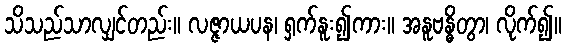
သိသည်သာလျှင်တည်း။ လဇ္ဇာယပန၊ ရှက်နူး၍ကား။ အနူဗန္ဓိတွာ၊ လိုက်၍။